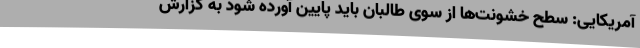
آمریکایی: سطح خشونت‌ها از سوی طالبان باید پایین آورده شود به گزارش